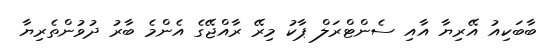
ބާބަކިއު އޭރިޔާ އާއި ސެންޓްރަލް ޕާކު މިރޭ ރާއްޖޭގެ އެންމެ ބާރު ދުވުންތެރިޔާ